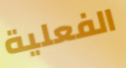
الفعلية